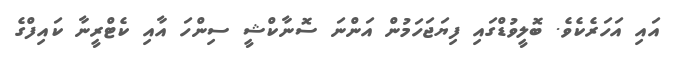
އައި އަހަރެކެވެ. ބޮލީވުޑްގައި ފިޔަޖަހަމުން އަންނަ ސޮނާކްޝީ ސިންހަ އާއި ކެޓްރީނާ ކައިފްގެ